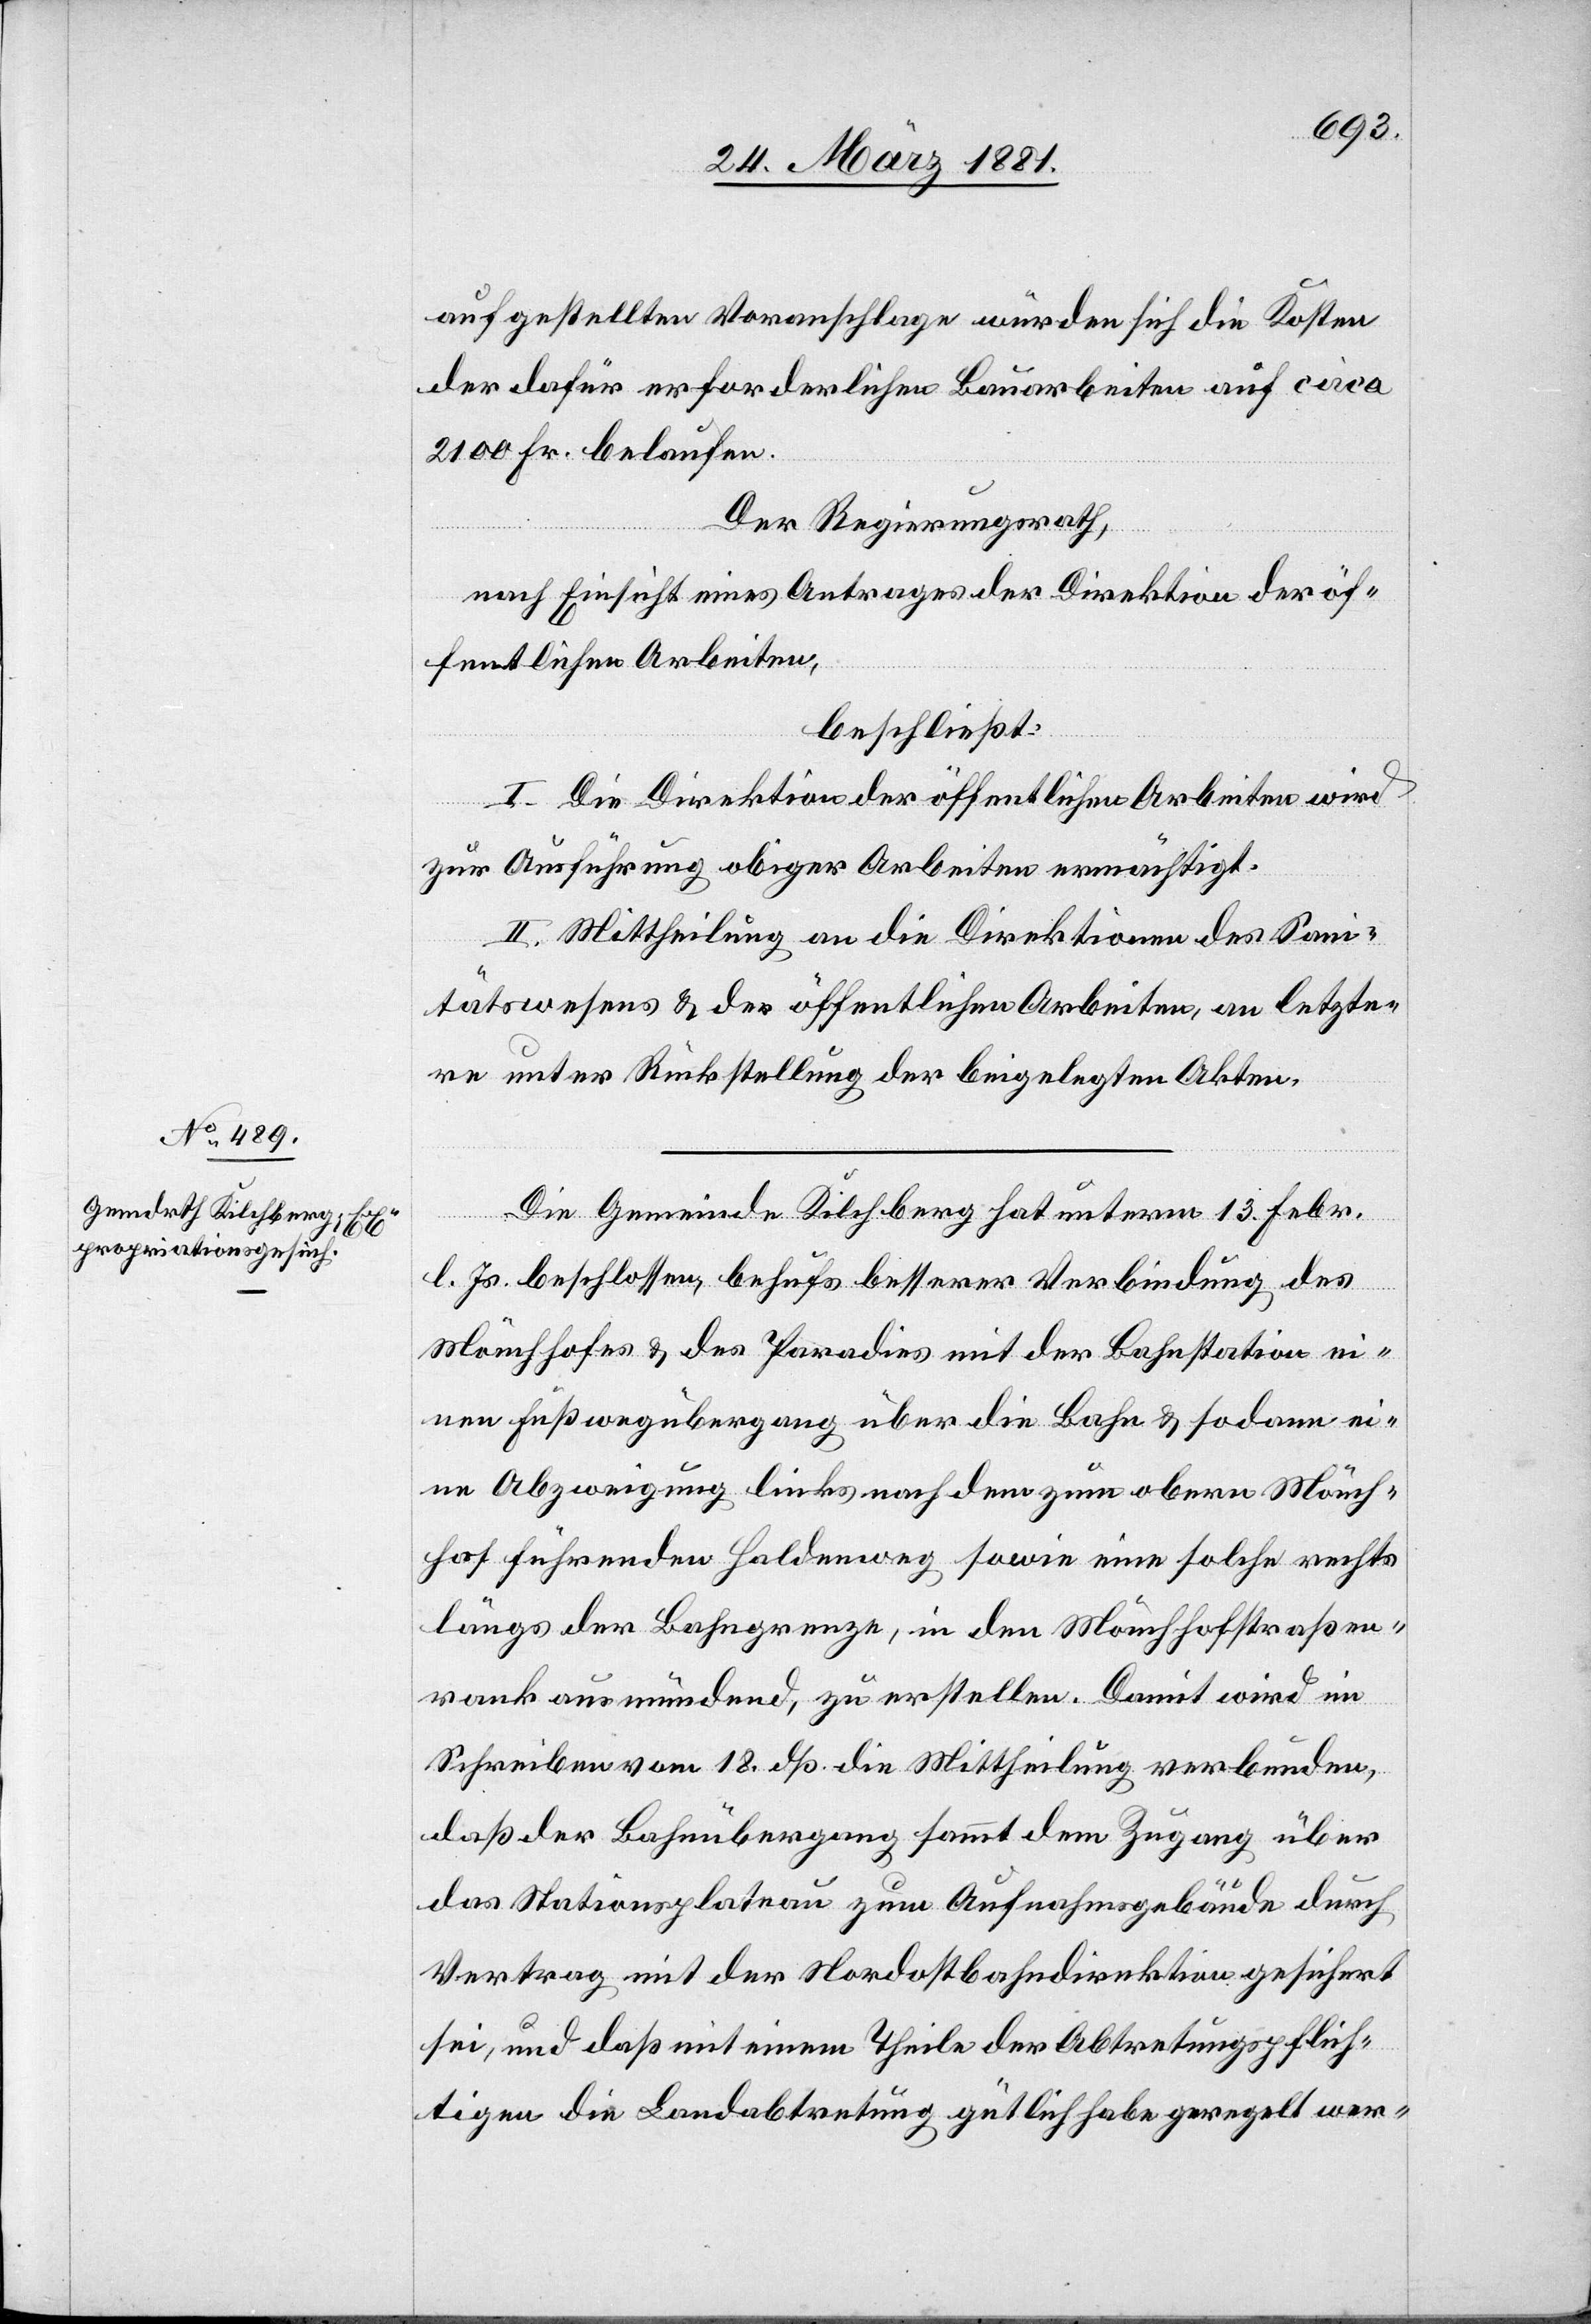
aufgestellten Voranschlage würden sich die Kosten
der dafür erforderlichen Bauarbeiten auf circa
2100 Fr. belaufen.
Der Regierungsrath,
nach Einsicht eines Antrages der Direktion der öf¬
fentlichen Arbeiten,
beschließt:
I. Die Direktion der öffentlichen Arbeiten wird
zur Ausführung obiger Arbeiten ermächtigt.
II. Mittheilung an die Direktionen des Sani¬
tätswesens & der öffentlichen Arbeiten, an letzte¬
re unter Rückstellung der beigelegten Akten.
Die Gemeinde Kilchberg hat unterm 13. Febr.
l. Js. beschlossen, behufs besserer Verbindung des
Mönchhofes & des Paradies mit der Bahnstation ei¬
nen Fußwegübergang über die Bahn & sodann ei¬
ne Abzweigung links nach dem zum obern Mönch¬
hof führenden Haldenweg sowie eine solche rechts
längs der Bahngrenze, in den Mönchhofstraßen¬
rank ausmündend, zu erstellen. Damit wird im
Schreiben vom 18. dß. die Mittheilung verbunden,
daß der Bahnübergang sammt dem Zugang über
das Stationsplateau zum Aufnahmsgebäude durch
Vertrag mit der Nordostbahndirektion gesichert
sei, und daß mit einem Theile der Abtretungspflich¬
tigen die Landabtretung gütlich habe geregelt wer-